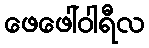
ဖေဖေါ်ဝါရီလ